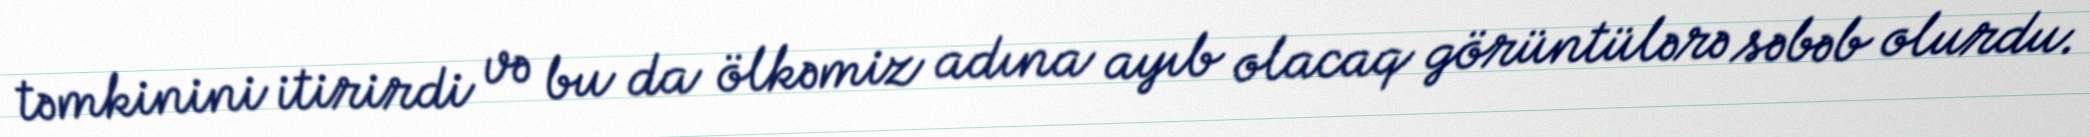
təmkinini itirirdi və bu da ölkəmiz adına ayıb olacaq görüntülərə səbəb olurdu.